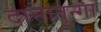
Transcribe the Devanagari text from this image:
दानातुन्गा